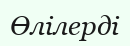
Өлілерді